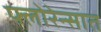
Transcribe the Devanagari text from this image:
फ्लोरेन्सात